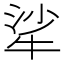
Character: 㸺